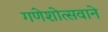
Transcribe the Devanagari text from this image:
गणेशोत्सवाने